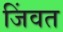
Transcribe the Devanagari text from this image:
जिंवत